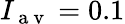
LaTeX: I_{\mathrm{~a~v~}}=0.1